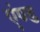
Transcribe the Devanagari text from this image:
एंण्ड